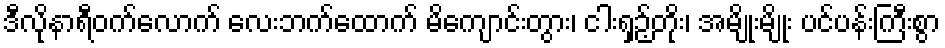
ဒီလိုနာရီဝက်လောက် လေးဘက်ထောက် မိကျောင်းတွား၊ ငါးရှဉ့်တိုး၊ အမျိုးမျိုး ပင်ပန်းကြီးစွာ